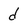
Character: d